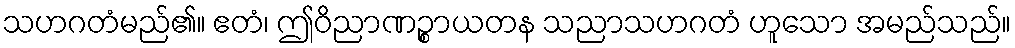
သဟဂတံမည်၏။ ဧတံ၊ ဤဝိညာဏဉ္စာယတန သညာသဟဂတံ ဟူသော အမည်သည်။